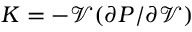
K = - \mathcal { V } ( { \partial P } / { \partial \mathcal { V } } )